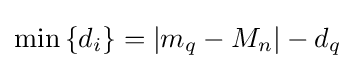
\min \left\{d_{i}\right\}=\left|m_{q}-M_{n}\right|-d_{q}